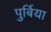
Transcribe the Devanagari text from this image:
पुर्बिया